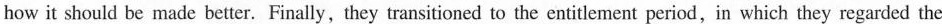
how it should be made better. Finally, they transitioned to the entitlement period, in which they regarded the